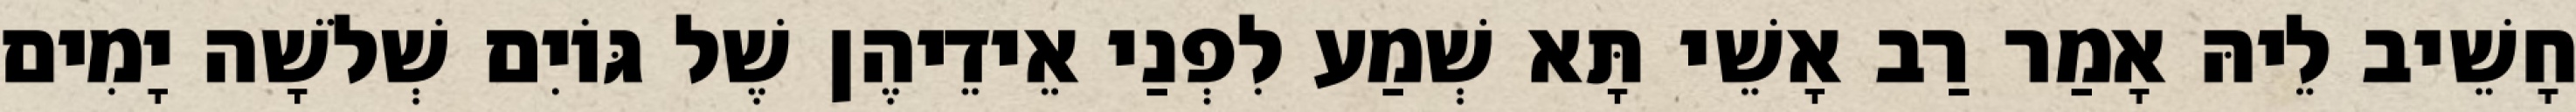
חָשֵׁיב לֵיהּ אָמַר רַב אָשֵׁי תָּא שְׁמַע לִפְנַי אֵידֵיהֶן שֶׁל גּוֹיִם שְׁלֹשָׁה יָמִים